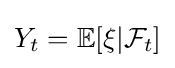
Y_{t}=\mathbb {E} [\xi |{\mathcal {F}}_{t}]